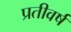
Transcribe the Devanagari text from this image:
प्रतीवर्ष